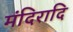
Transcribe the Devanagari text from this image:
मंदिरादि